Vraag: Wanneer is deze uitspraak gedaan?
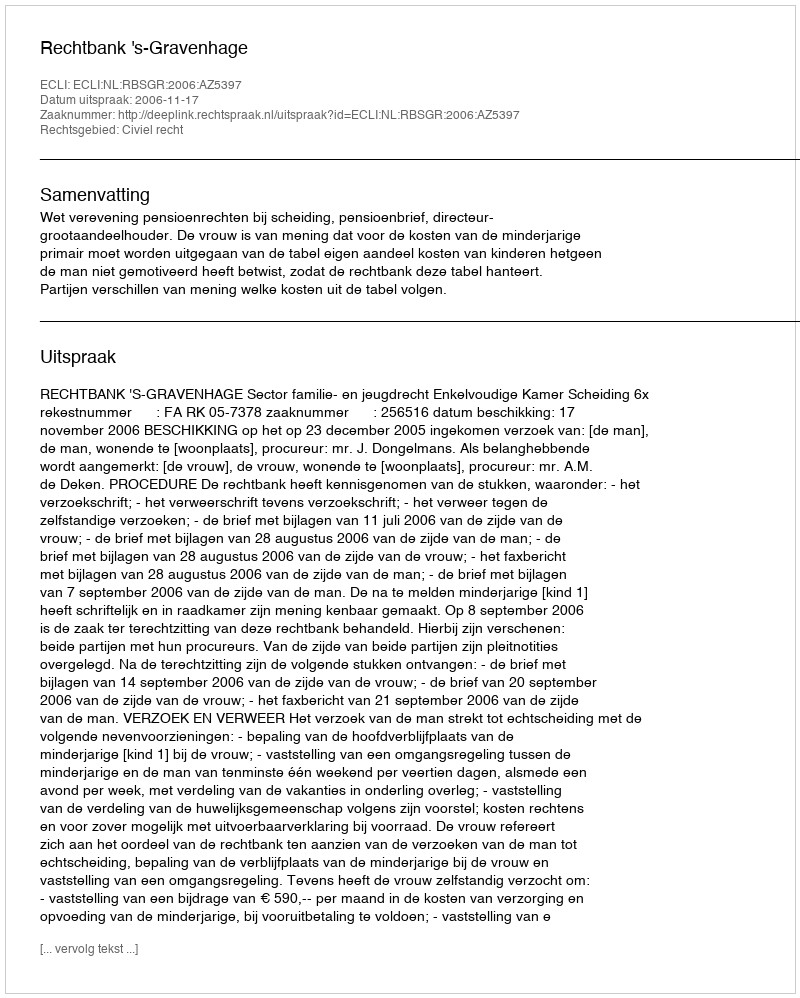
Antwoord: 2006-11-17